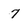
Character: 7